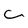
Character: C